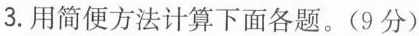
3. 用简便方法计算下面各题。(9分)